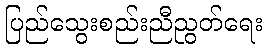
ပြည်သွေးစည်းညီညွတ်ရေး